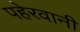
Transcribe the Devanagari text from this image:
पहेरवानी